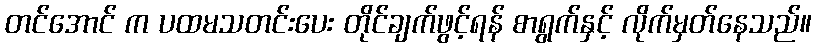
တင်အောင် က ပထမသတင်းပေး တိုင်ချက်ဖွင့်ရန် စာရွက်နှင့် လိုက်မှတ်နေသည်။